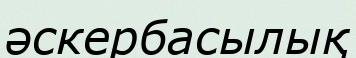
әскербасылық